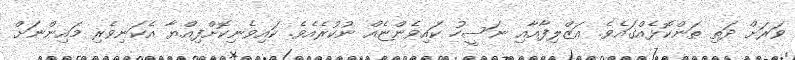
ވަރަށް ދަތި ތަންކޮޅެއްގައެވެ. އަޒްލިފާއާއި ނަސީހު ކައިވެންޏެއް ނުކުރެއެވެ. ކައިވެނިކޮށްފިއްޔާ އެކަނިވެރި މައިންނަށް